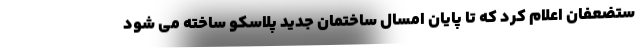
ستضعفان اعلام کرد که تا پایان امسال ساختمان جدید پلاسکو ساخته می شود